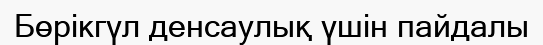
Бөрікгүл денсаулық үшін пайдалы